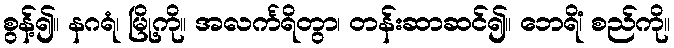
စွန့်၍။ နဂရံ၊ မြို့ကို။ အလင်္ကရိတွာ၊ တန်းဆာဆင်၍။ ဘေရိံ၊ စည်ကို။